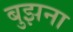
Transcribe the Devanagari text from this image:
बुझना